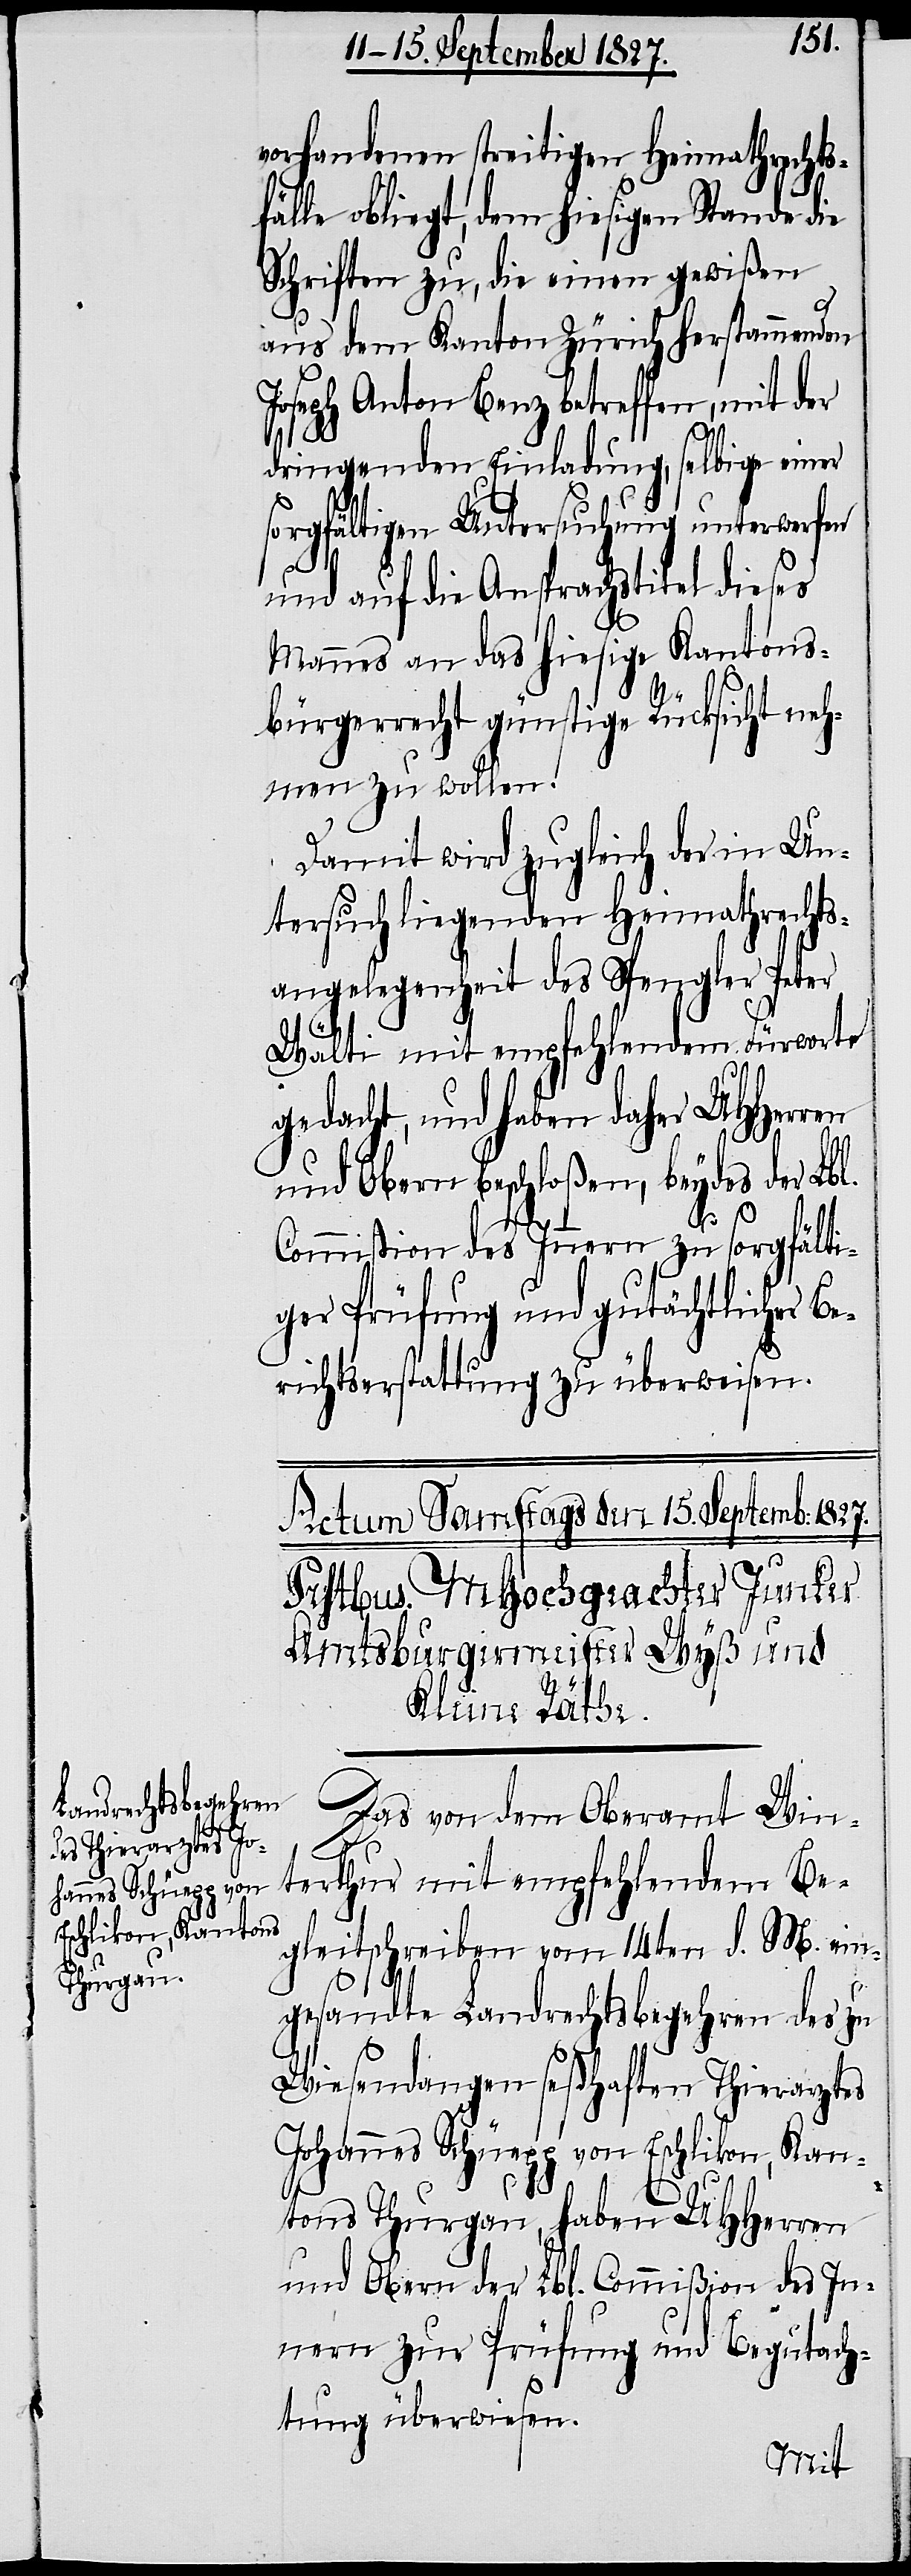
vorhandenen streitigen Heimathrechts¬
fälle obliegt, dem hiesigen Stande die
Schriften zu, die einen gewißen
aus dem Kanton Zürich herstammenden
Joseph Anton Benz betreffen, mit der
dringenden Einladung, selbige einer
sorgfältigen Untersuchung unterwerfen
Das
und auf die Ansprachstitel dieses
Mannes an das hiesige Kantons¬
bürgerrecht günstige Rücksicht neh¬
men zu wollen.
Damit wird zugleich der in Un¬
tersuch liegende Heimathrechts¬
angelegenheit des Spengler Peter
Wälti mit empfehlendem Fürworte
gedacht, und haben daher UHHerren
und Obern beschloßen, beydes der Lbl.
Commißion des Innern zu sorgfälti¬
ger Prüfung und gutächtlicher B¬
erichtserstattung zu überweisen.
dem Oberamt Winterthur mit empfehlendem Be¬
gleitschreiben vom 14ten d. M. ein¬
gesandte Landrechtsbegehren des zu
Wiesendangen seßhaften Thierarztes
Johannes Schüepp von Eschlikon, Kan¬
tons Thurgau, haben UHHerren
und Obern der Lbl. Commißion des In¬
nern zur Prüfung und Begutach¬
tung überwiesen.